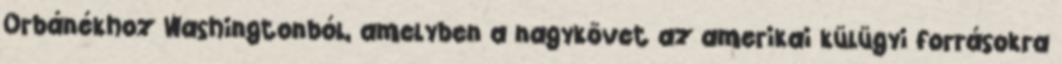
Orbánékhoz Washingtonból, amelyben a nagykövet az amerikai külügyi forrásokra